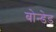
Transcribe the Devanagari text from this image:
बोन्‍डेड